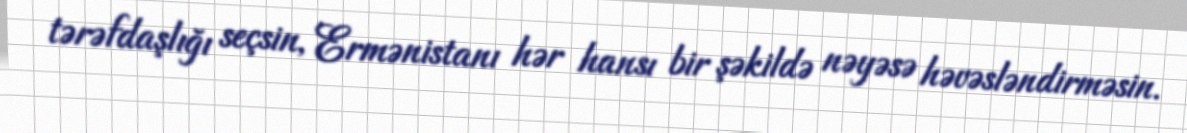
tərəfdaşlığı seçsin, Ermənistanı hər hansı bir şəkildə nəyəsə həvəsləndirməsin.